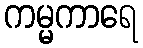
ကမ္မကာရေ